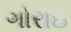
ગોરાઇ